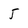
Character: 5